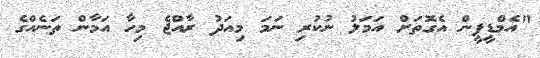
"އެމްޑީޕީން އެގޮތަށް އަމަލު ނުކުރި ނަމަ މިއަދު ރާއްޖެ މިހާ އަމާން ތަނެއްގެ